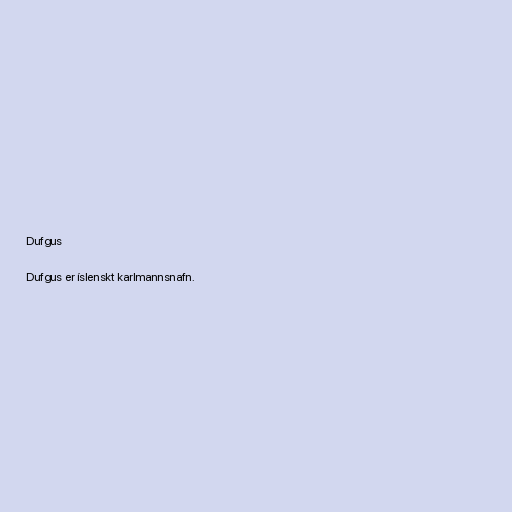
Dufgus

Dufgus er íslenskt karlmannsnafn.